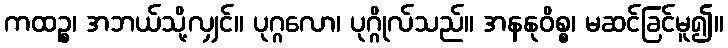
ကထဉ္စ၊ အဘယ်သို့လျှင်။ ပုဂ္ဂလော၊ ပုဂ္ဂိုလ်သည်။ အနနုဝိစ္စ၊ မဆင်ခြင်မူ၍။